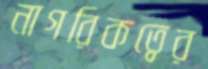
নাগরিকত্বের